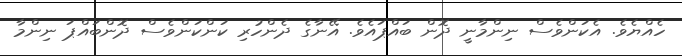
ހެއްޔެވެ. އެކަންވެސް ނިންމާނީ ދޮން ބައްޕައެވެ. އޭނާގެ ދެންހުރި ކަންކަންވެސް ދޮންބައްޕަ ނިންމާ